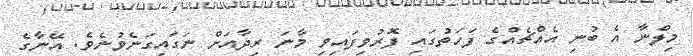
މިލްނާ އެ ބުނި އެއްޗެއްގެ ފަހަތުގައި ފޮރުވިފައިވި މާނަ ރިދާއަށް ނަގައިގަނެވުނެވެ. އޭނާގެ